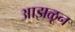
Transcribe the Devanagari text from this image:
आझळून